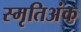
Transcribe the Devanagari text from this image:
स्मृतिअंक